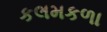
કલમકળા